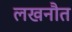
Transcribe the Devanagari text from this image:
लखनौत